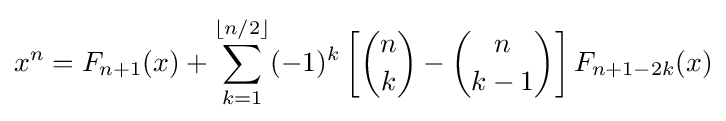
x^{n}=F_{n+1}(x)+\sum _{k=1}^{\lfloor n/2\rfloor }(-1)^{k}\left[{\binom {n}{k}}-{\binom {n}{k-1}}\right]F_{n+1-2k}(x)